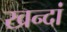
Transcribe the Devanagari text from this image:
खन्दां